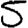
Digit: 5